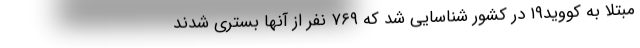
مبتلا به کووید۱۹ در کشور شناسایی شد که ۷۶۹ نفر از آنها بستری شدند